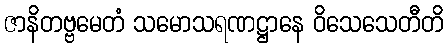
ဇာနိတဗ္ဗမေတံ သမောသရဏဋ္ဌာနေ ဝိသေသေတီတိ